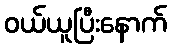
ဝယ်ယူပြီးနောက်